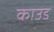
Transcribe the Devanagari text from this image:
काउड